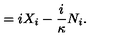
= i X _ { i } - \frac { i } \kappa N _ { i } .